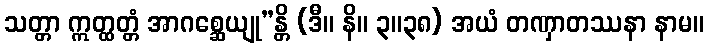
သတ္တာ ဣတ္ထတ္တံ အာဂစ္ဆေယျု”န္တိ (ဒီ။ နိ။ ၃။၃၈) အယံ တဏှာတဿနာ နာမ။